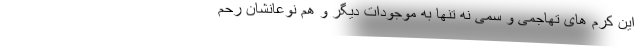
این کرم های تهاجمی و سمی نه تنها به موجودات دیگر و هم نوعانشان رحم